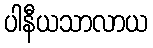
ပါနီယသာလာယ